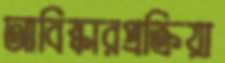
আবিষ্কারপ্রক্রিয়া